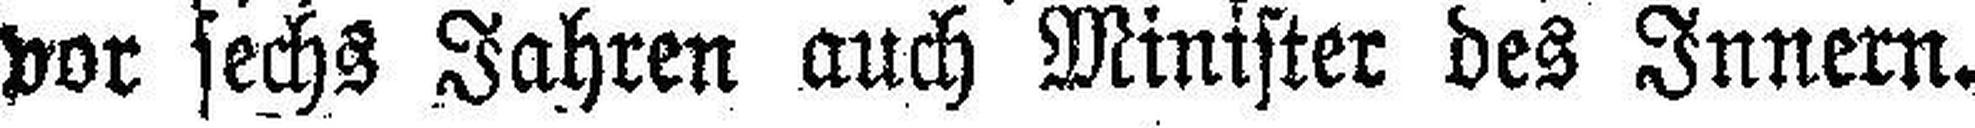
vor sechs Jahren auch Minister des Innern.